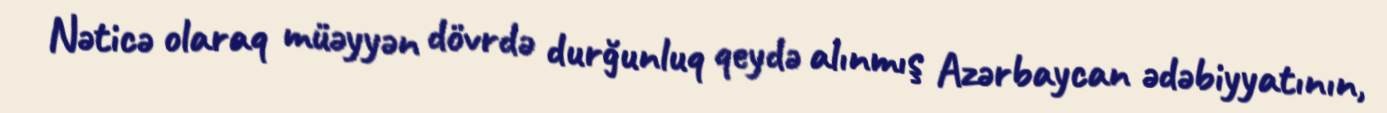
Nəticə olaraq müəyyən dövrdə durğunluq qeydə alınmış Azərbaycan ədəbiyyatının,